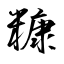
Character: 糠